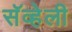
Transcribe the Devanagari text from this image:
सॅव्हेली